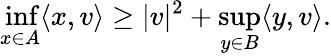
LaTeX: \operatorname*{inf}_{x\in A}\langle x,v\rangle\geq|v|^{2}+\operatorname*{sup}_{y\in B}\langle y,v\rangle.